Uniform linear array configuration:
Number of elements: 8
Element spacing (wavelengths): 0.5
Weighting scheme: hann
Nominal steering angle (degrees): -30
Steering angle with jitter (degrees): -29.474
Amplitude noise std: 0.05
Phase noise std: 0.05

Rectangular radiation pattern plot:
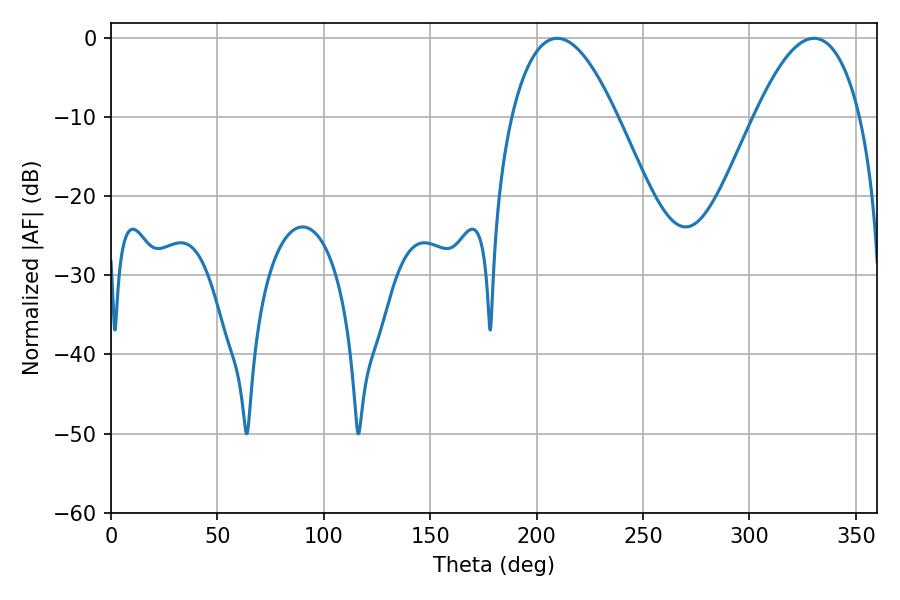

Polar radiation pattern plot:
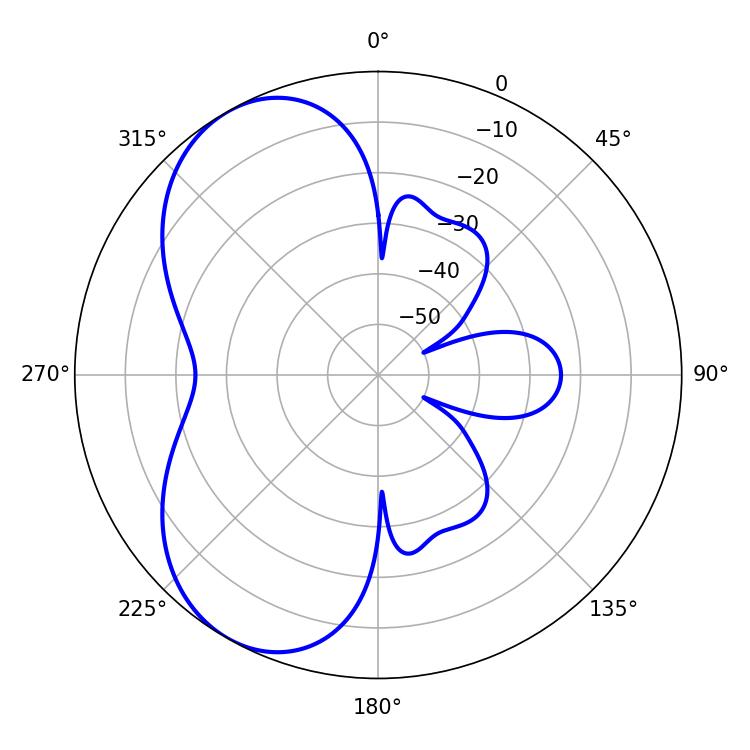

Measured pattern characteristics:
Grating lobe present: FALSE
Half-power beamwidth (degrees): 27.18
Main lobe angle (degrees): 330.3